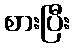
စားပြီး